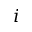
i